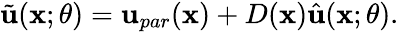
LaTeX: \tilde{\mathbf{u}}(\mathbf{x};\theta)=\mathbf{u}_{par}(\mathbf{x})+D(\mathbf{x})\hat{\mathbf{u}}(\mathbf{x};\theta).